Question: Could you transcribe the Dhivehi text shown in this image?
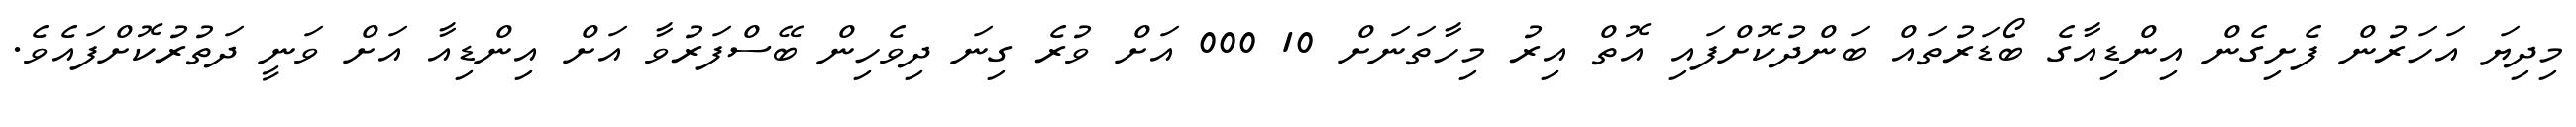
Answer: މިދިޔަ އަހަރުން ފެށިގެން އިންޑިއާގެ ބޯޑަރުތައް ބަންދުކޮށްފައި އޮތް އިރު މިހާތަނަށް 10 000 އަށް ވުރެ ގިނަ ދިވެހިން ބޭސްފަރުވާ އަށް އިންޑިއާ އަށް ވަނީ ދަތުރުކޮށްފައެވެ.